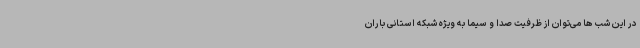
در این شب ها می‌توان از ظرفیت صدا و سیما به ویژه شبکه استانی باران